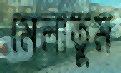
মেলাতুম